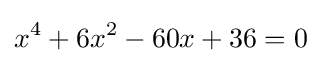
x^{4}+6x^{2}-60x+36=0